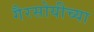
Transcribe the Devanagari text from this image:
गैरसोयीच्या